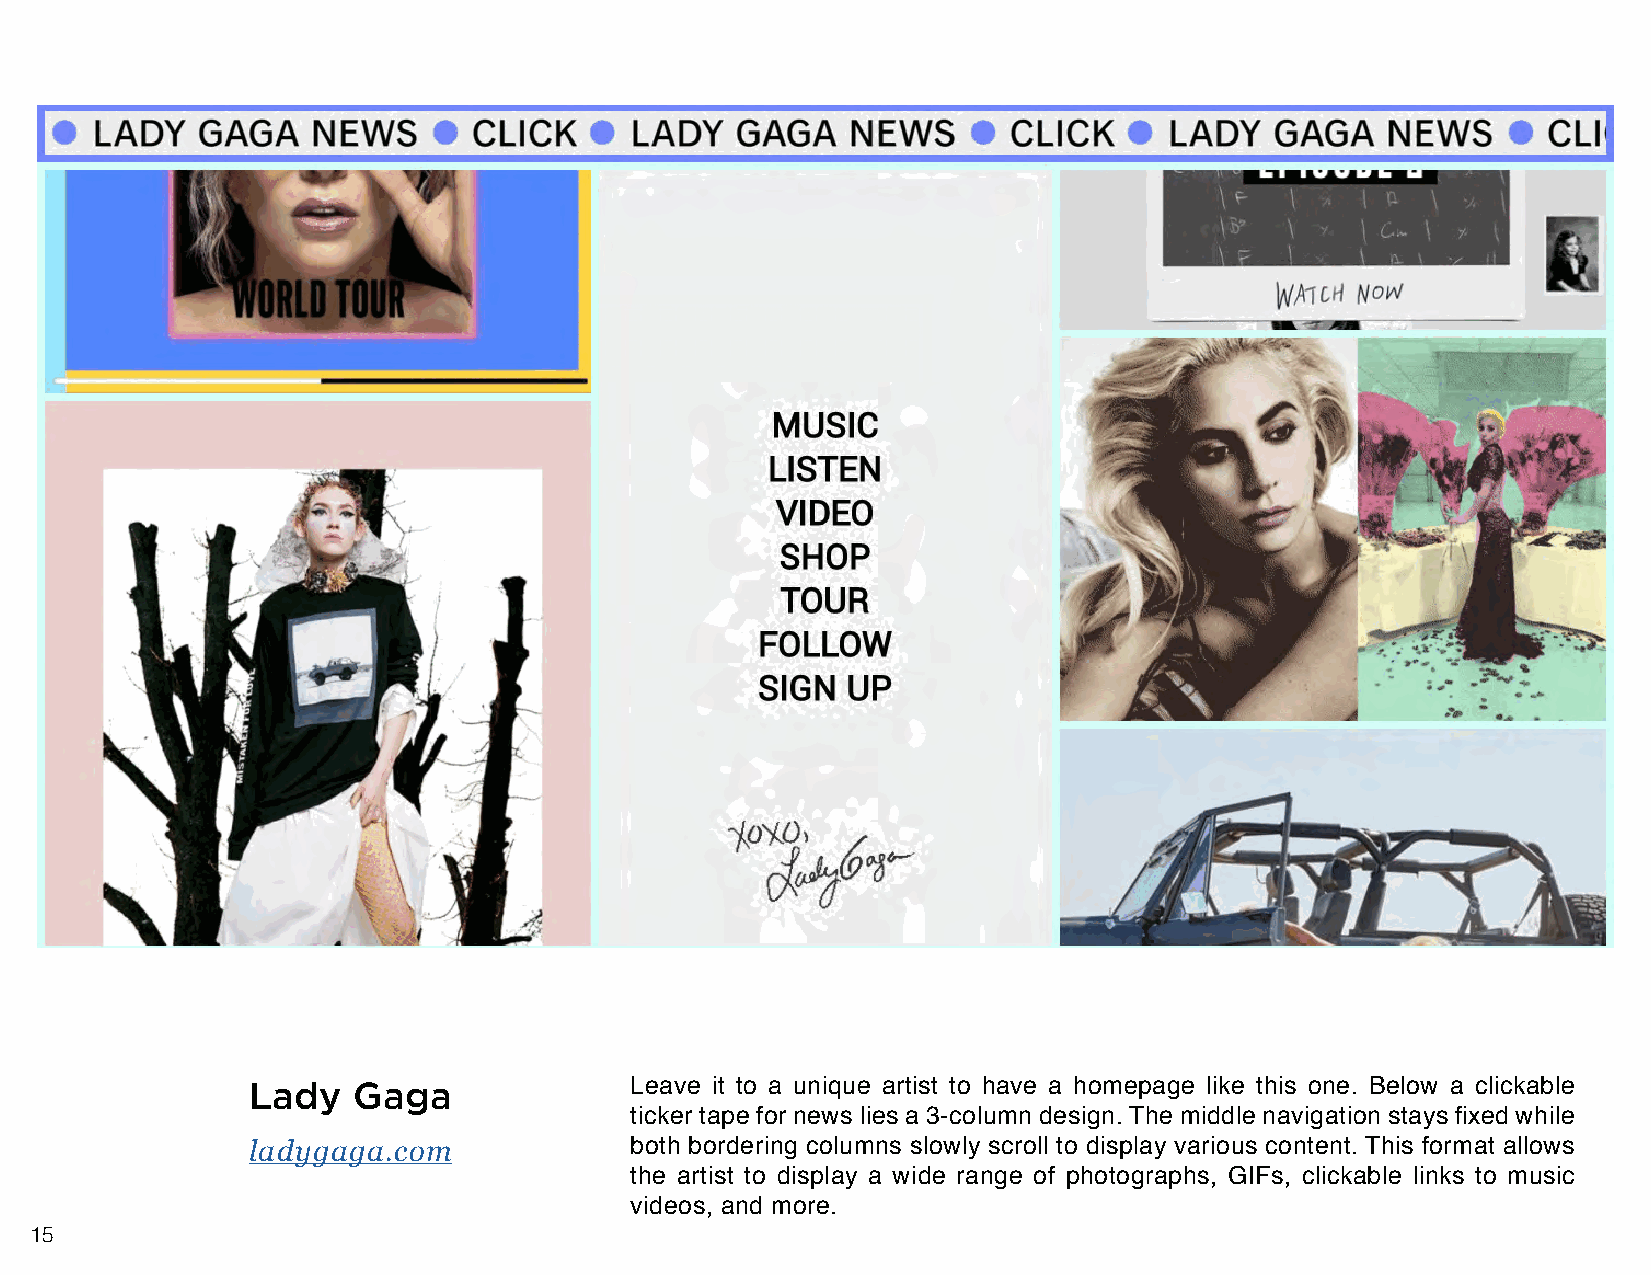
Lady   Gaga               Leave it to a unique artist to have a homepage like this one. Below a clickable
 ticker tape for news lies a 3-column design. The middle navigation stays fixed while
 ladygaga.com              both bordering columns slowly scroll to display various content. This format allows
 the artist to display a wide range of photographs, GIFs, clickable links to music
 videos, and more.
 15